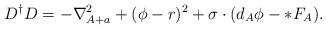
LaTeX: \begin{align*}D^\dagger D=-\nabla_{A+a}^2+(\phi-r)^2+\sigma\cdot(d_A\phi-*F_A).\end{align*}